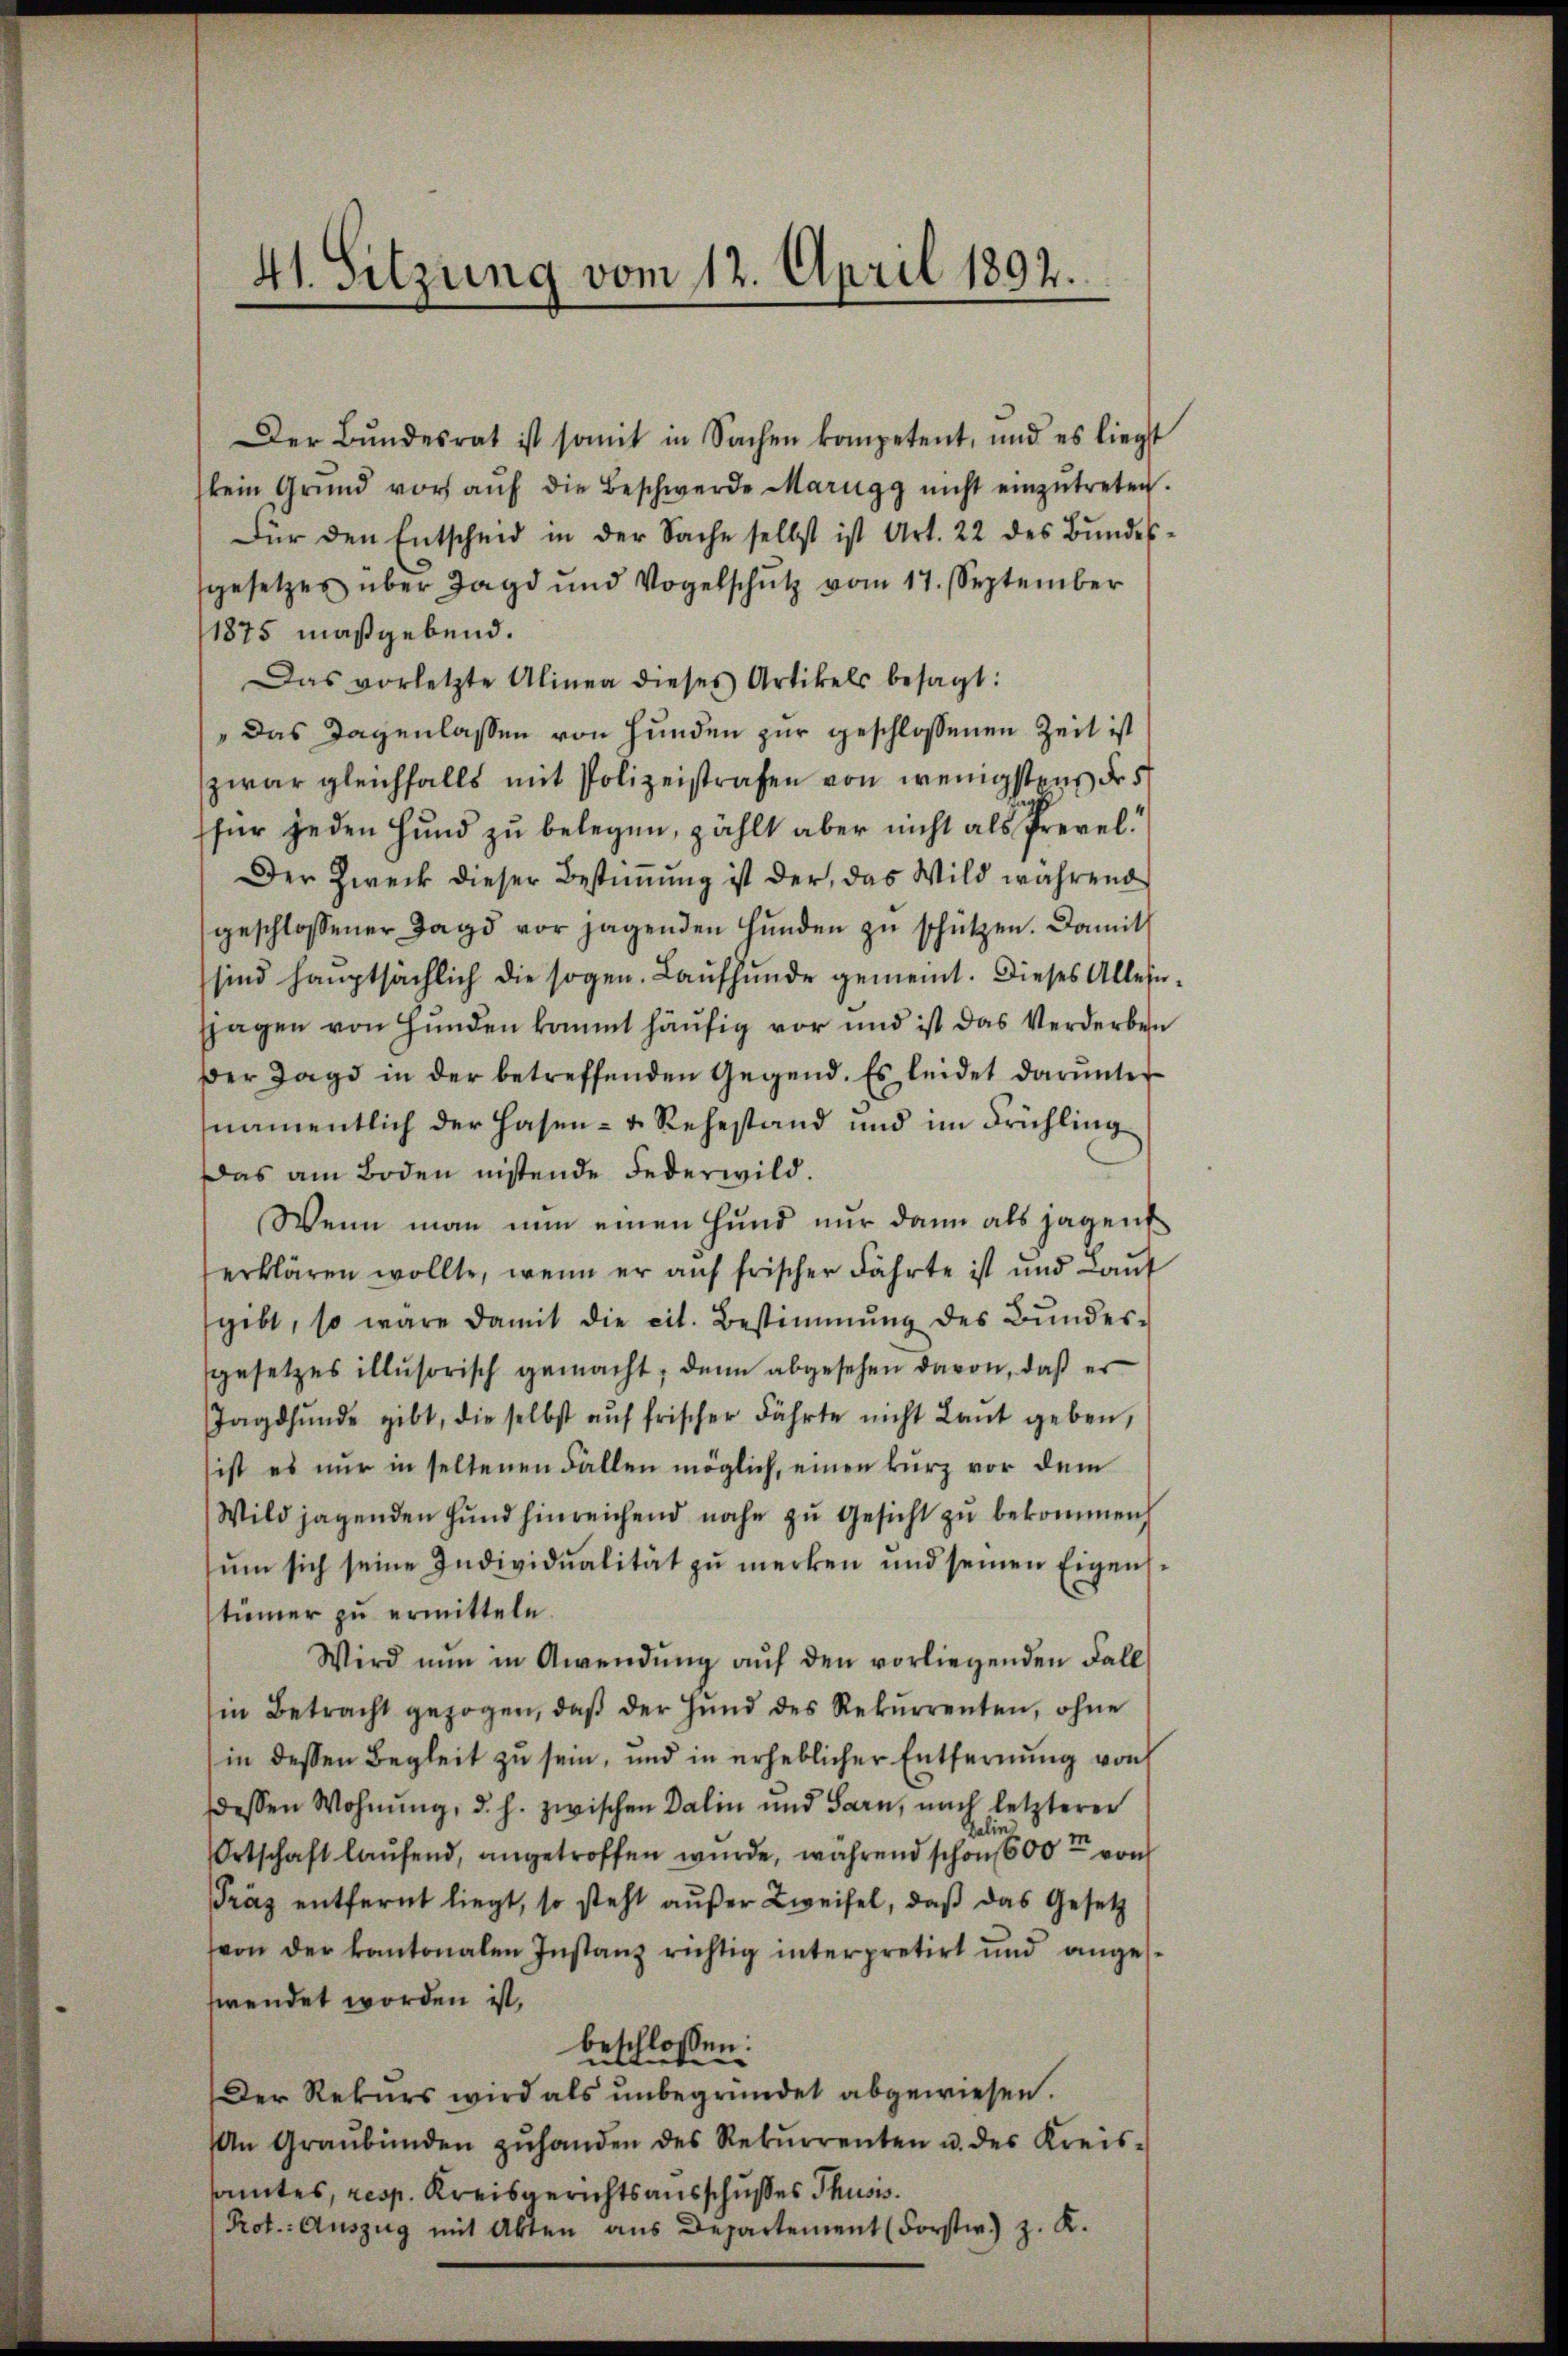
41. Sitzung vom 12. April 1892.

Der Bŭndesrat ist somit in Sachen kompetent, und es liegt
kein Grŭnd vor aŭf die Beschwerde Marigg nicht einzŭtreten.
Für den Entscheid in der Sache selbst ist Art. 22 des Bŭndes-
gesetzes über Jagd und Vogelschŭtz vom 17. September
1875 maßgebend.
Das vorletzte Alinea dieses Artikels besagt:
" Das Tagenlassen von Hunden zur geschlossenen Zeit ist
zwar gleichfalls mit Polizeistrafen von wenigstens des
(für jeden Hund zu belegen, zählt aber nicht als Prevel.
Der Zweck dieser Bestimmung ist der, das Wild während
geschlossener Tags vor jagenden Hŭnden zŭ schützen. Damit
sind hauptsächlich die sogen. Laufhunde gemeint. Dieses Alleinsjagen von Hunden kommt häufig vor und ist das Verderben
Der Jagd in der betreffenden Gegend. Es leidet darunter
namentlich der Hasen- & Rehestand und im Frühling
Das am Boden nistende Federwild.
Wenn man nun einen Hund nur dann als jagen
erklären wollte, wenn er auf frischer Fährte ist und Laŭf
gibt, so wäre damit die cit. Bestimmung des Bŭndes-
gesetzes illusorisch gemacht, denn abgesehen davon, daß er
Jagdfŭnde gibt, die selbst aŭf frischer Fährte nicht Laut geben,
ist es nur in seltenen Fallen möglich, einen kurz vor dem
Wild jagenden Hŭnd hinreichend nahe zŭ Gesicht zu bekommen
ŭm sich seine Individualität zŭ merken und seinen Eigens.
tümer zu ermitteln.
Wird nŭn in Anwendŭng aŭf den vorliegenden Fall
in Betracht gezogen, daβ der Hand des Rekŭrrenten, ohne
in dessen Begleit zu sein, und in erheblicher Entfernŭng von
dessen Wohnŭng, d. h. zwischen Dalin und Sarn, nach letzterer
Dalin
Ortschaft laufend, angetroffen wurde, während schon 600 von
Träz entfernt liegt, so steht außer Zweifel, daß das Gesetz
von der kantonalen Instanz richtig interpretirt und angeswendet worden ist,
beschlossen:
Der Rekurs wird als unbegründet abgewiesen.
An Graubünden zŭhanden des Rekŭrrenten u. des Kreis-
samtes, resp. Kreisgerichtsausschusses Thusis.
Prot. Auszug mit Akten ans Departement (Forstw.) z. K.